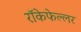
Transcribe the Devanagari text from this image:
रॉकेफेल्लर